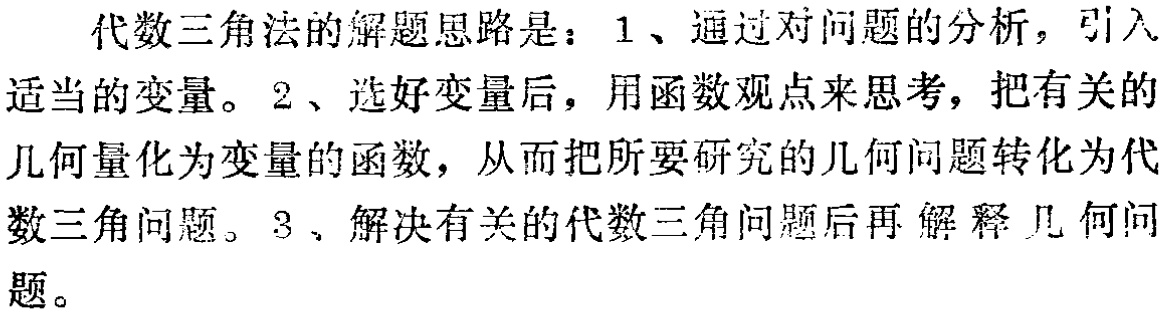
代数三角法的解题思路是：1、通过对问题的分析，引入适当的变量。2、选好变量后，用函数观点来思考，把有关的几何量化为变量的函数，从而把所要研究的几何问题转化为代数三角问题。3、解决有关的代数三角问题后再解释几何问题。